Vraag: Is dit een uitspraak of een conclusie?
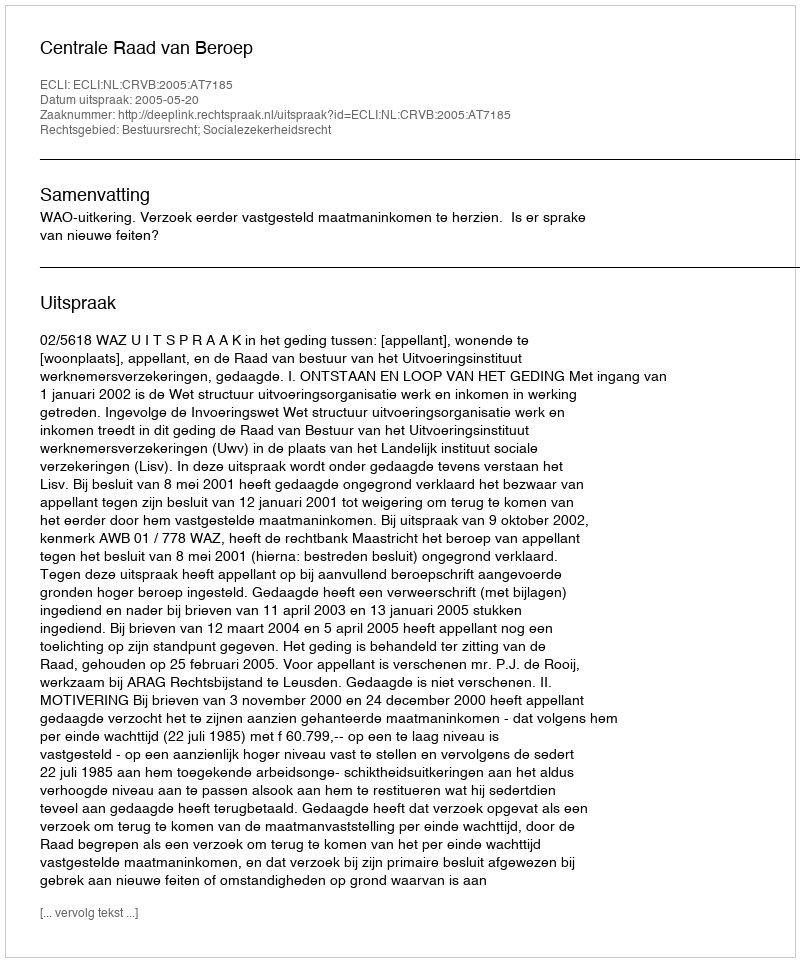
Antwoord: Uitspraak